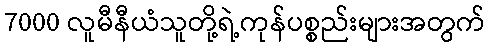
7000 လူမီနီယံသူတို့ရဲ့ကုန်ပစ္စည်းများအတွက်